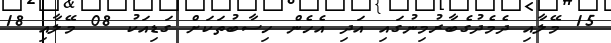
15 މޭލާއި ދެމެދުގެބާރުމިނުގައި އަދި އެހެން ހިސާބުތަކަށް ގަޑިއަކު 08 މޭލާއި 18